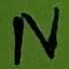
Text: N